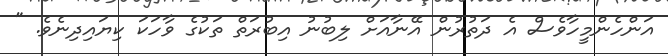
އަންހެންމީހާވެސް އެ ދަތުރުން އޭނާއަށް ލިބުނު އިބުރަތް ތަކުގެ ވާހަކަ ކިޔައިދިނެވެ. "